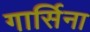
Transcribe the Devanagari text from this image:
गार्सिना